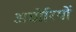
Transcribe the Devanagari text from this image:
अघोरियों